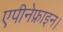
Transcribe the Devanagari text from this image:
एपीनेफ्राइन।